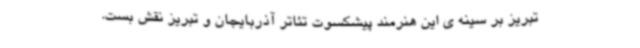
تبریز بر سینه ی این هنرمند پیشکسوت تئاتر آذربایجان و تبریز نقش بست.